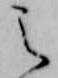
之